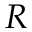
R